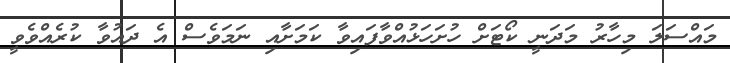
މައްސަލަ މިހާރު މަދަނީ ކޯޓަށް ހުށަހަޅުއްވާފައިވާ ކަމަށާއި ނަމަވެސް އެ ދައުވާ ކުރެއްވެވީ